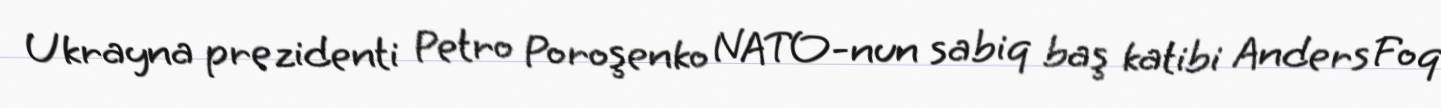
Ukrayna prezidenti Petro Poroşenko NATO-nun sabiq baş katibi Anders Foq